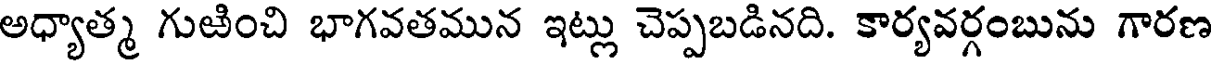
అధ్యాత్మ గుఱించి భాగవతమున ఇట్లు చెప్పబడినది. కార్యవర్గంబును గారణ